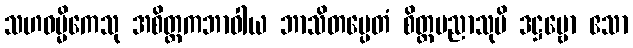
သဟဓမ္မိကေသု အစိတ္တကဘာဝါယ ဘာသိတမ္ပေတံ စိတ္တပညာသုပိ ဒဋ္ဌဗ္ဗော ဧသာ